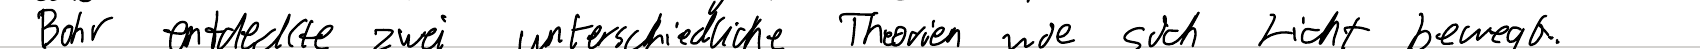
Bohr entdeckte zwei unterschiedliche Theorien wie sich Licht bewegt.